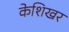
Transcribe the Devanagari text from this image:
केशिखर